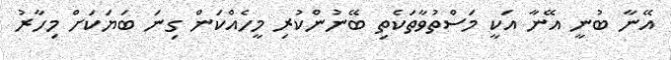
އޭނާ ބުނީ އޭނާ އަކީ މަސްތުވާތަކެތި ބޭނުންކުރި މީހެއްކަން ގިނަ ބަޔަކަށް މިހާރު